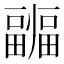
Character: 疈